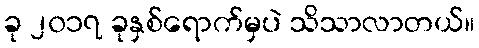
ခု ၂၀၁၇ ခုနှစ်ရောက်မှပဲ သိသာလာတယ်။